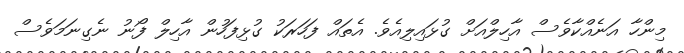
މިންހާ އަނެއްކާވެސް އާހިލްއަށް ގުޅައިލިއެވެ. އެތައް ފަހަރަކު ގުޅިފަހުން އާހިލް ފޯނު ނެގިނަމަވެސް